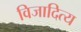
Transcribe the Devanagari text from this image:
विजादित्य